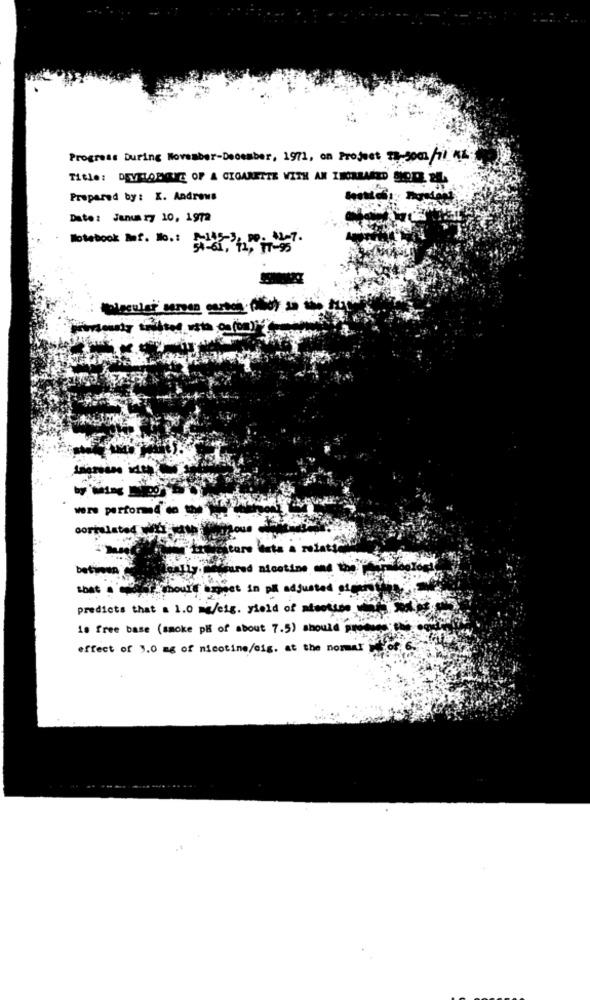
Progress During November-December, 1971, on Project 73-30m /7/ 44:
Title: DEVELOPGIE OF A CIGARETTE WITH AN INCREASED SHREE 24.
Prepared by: X. Andrews
Date: January 10, 1972
Notebook Bof. No .: 1-145-3, pp. 41-7.
were performed do!
correlated Li
betimen
t mou's Digest in på adjusted algo
predicts that a 1.0 ma/eig. yield of scotsse
is free base (smoke på of about 7.5) should prode
effect of 1.0 mg of nicotine/cig. at the normal Mot,